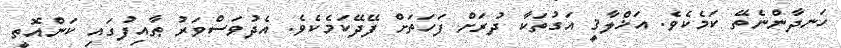
ހަނދާންނެތޭ ކަމެކެވެ. އަޚްލާޤީ އަގުތަކާ ދުރަށް ފަހަތަށް ފޭދޭކަމެކެވެ. އެދުވަސްވަރު ޠާއިފުގައި ކަންއޮތީ